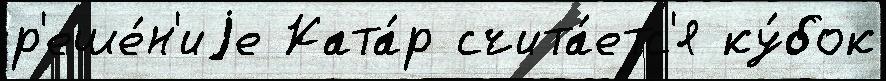
р'еше́н'иjе Ката́р счита́етс'я ку́бок